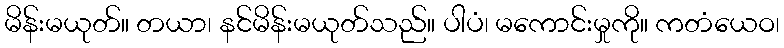
မိန်းမယုတ်။ တယာ၊ နင်မိန်းမယုတ်သည်။ ပါပံ၊ မကောင်းမှုကို။ ကတံယေဝ၊